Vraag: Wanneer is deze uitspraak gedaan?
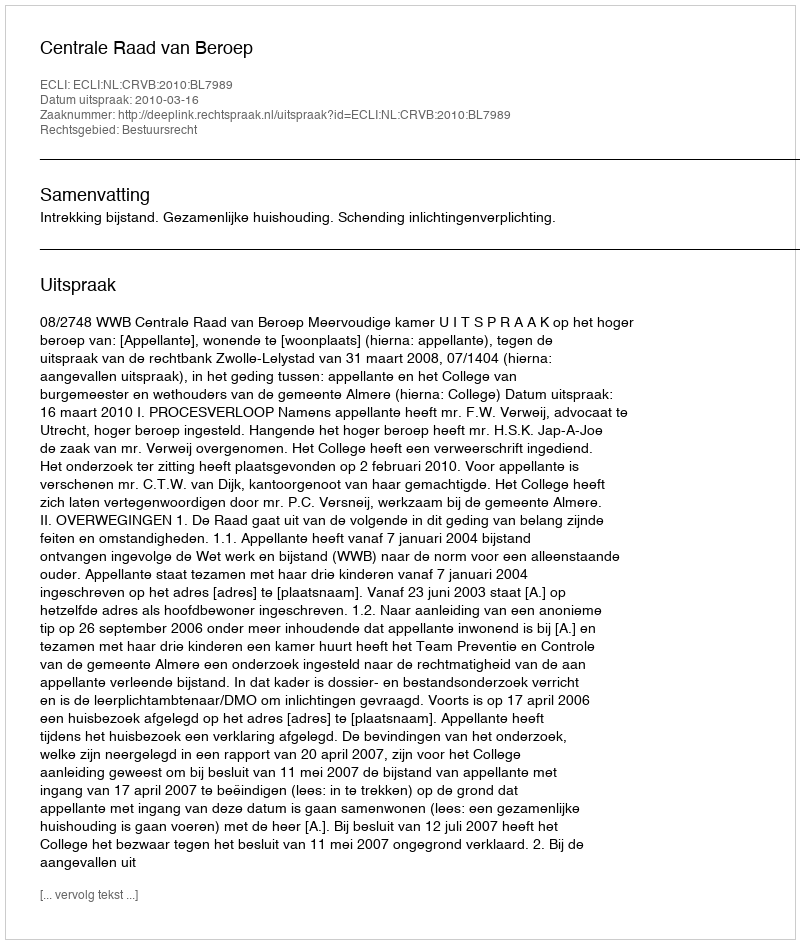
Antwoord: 2010-03-16